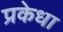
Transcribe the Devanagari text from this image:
प्रकेधा